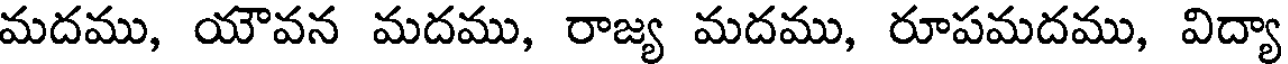
మదము, యౌవన మదము, రాజ్య మదము, రూపమదము, విద్యా